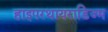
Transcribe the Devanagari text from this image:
हाइपरथायराडिज्म